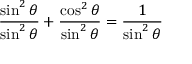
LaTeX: { \frac { \sin ^ { 2 } \theta } { \sin ^ { 2 } \theta } } + { \frac { \cos ^ { 2 } \theta } { \sin ^ { 2 } \theta } } = { \frac { 1 } { \sin ^ { 2 } \theta } }